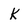
Character: k